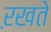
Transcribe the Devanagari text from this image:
ऱखते